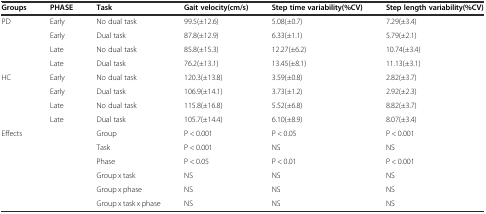
<table><thead><tr><td><b>Groups</b></td><td><b>PHASE</b></td><td><b>Task</b></td><td><b>Gait velocity(cm/s)</b></td><td><b>Step time variability(%CV)</b></td><td><b>Step length variability(%CV)</b></td></tr></thead><tbody><tr><td>PD</td><td>Early</td><td>No dual task</td><td>99.5(±12.6)</td><td>5.08(±0.7)</td><td>7.29(±3.4)</td></tr><tr><td></td><td>Early</td><td>Dual task</td><td>87.8(±12.9)</td><td>6.33(±1.1)</td><td>5.79(±2.1)</td></tr><tr><td></td><td>Late</td><td>No dual task</td><td>85.8(±15.3)</td><td>12.27(±6.2)</td><td>10.74(±3.4)</td></tr><tr><td></td><td>Late</td><td>Dual task</td><td>76.2(±13.1)</td><td>13.45(±8.1)</td><td>11.13(±3.1)</td></tr><tr><td>HC</td><td>Early</td><td>No dual task</td><td>120.3(±13.8)</td><td>3.59(±0.8)</td><td>2.82(±3.7)</td></tr><tr><td></td><td>Early</td><td>Dual task</td><td>106.9(±14.1)</td><td>3.73(±1.2)</td><td>2.92(±2.3)</td></tr><tr><td></td><td>Late</td><td>No dual task</td><td>115.8(±16.8)</td><td>5.52(±6.8)</td><td>8.82(±3.7)</td></tr><tr><td></td><td>Late</td><td>Dual task</td><td>105.7(±14.4)</td><td>6.10(±8.9)</td><td>8.07(±3.4)</td></tr><tr><td rowspan="6" colspan="2">Effects</td><td>Group</td><td>P &lt; 0.001</td><td>P &lt; 0.05</td><td>P &lt; 0.001</td></tr><tr><td>Task</td><td>P &lt; 0.001</td><td>NS</td><td>NS</td></tr><tr><td>Phase</td><td>P &lt; 0.05</td><td>P &lt; 0.01</td><td>P &lt; 0.001</td></tr><tr><td>Group x task</td><td>NS</td><td>NS</td><td>NS</td></tr><tr><td>Group x phase</td><td>NS</td><td>NS</td><td>NS</td></tr><tr><td>Group x task x phase</td><td>NS</td><td>NS</td><td>NS</td></tr></tbody></table>